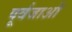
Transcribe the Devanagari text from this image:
पूर्वजाओं